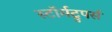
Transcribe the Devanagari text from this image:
स्टॉर्मट्रुपर्स